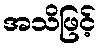
အသိဖြင့်